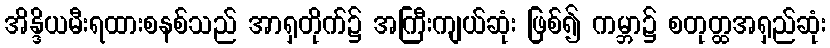
အိန္ဒိယမီးရထားစနစ်သည် အာရှတိုက်၌ အကြီးကျယ်ဆုံး ဖြစ်၍ ကမ္ဘာ၌ စတုတ္ထအရှည်ဆုံး